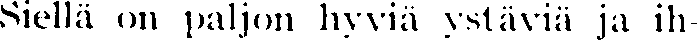
Siellä on paljon hyviä ystäviä ja ih-